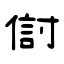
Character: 傠